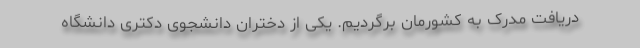
دریافت مدرک به کشورمان برگردیم. یکی از دختران دانشجوی دکتری دانشگاه